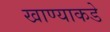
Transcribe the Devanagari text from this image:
खाण्याकडे